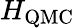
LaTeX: H_{\mathrm{QMC}}